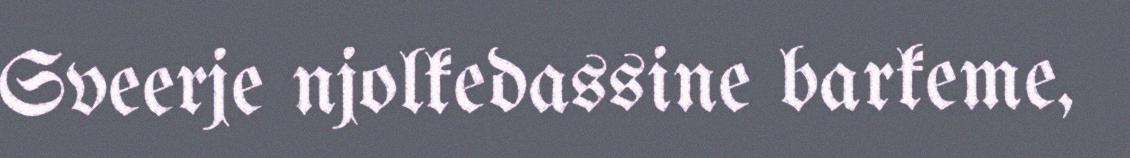
Sveerje njolkedassine barkeme,